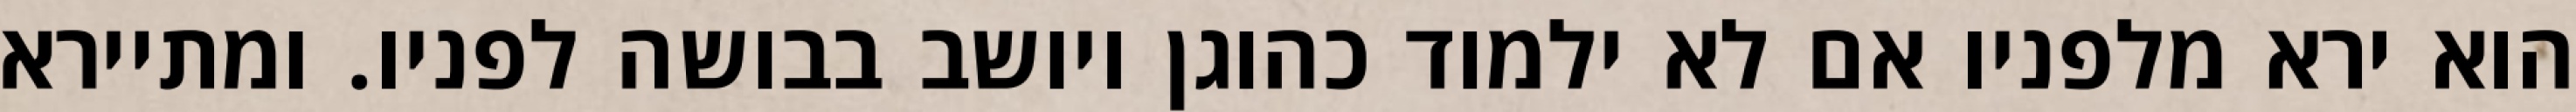
הוא ירא מלפניו אם לא ילמוד כהוגן ויושב בבושה לפניו. ומתיירא